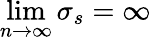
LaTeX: \operatorname*{lim}_{n\to\infty}\sigma_{s}=\infty